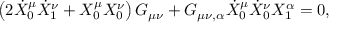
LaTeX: \left( 2 \dot { X } _ { 0 } ^ { \mu } \dot { X } _ { 1 } ^ { \nu } + X _ { 0 } ^ { \mu } X _ { 0 } ^ { \nu } \right) G _ { \mu \nu } + G _ { \mu \nu , \alpha } \dot { X } _ { 0 } ^ { \mu } \dot { X } _ { 0 } ^ { \nu } X _ { 1 } ^ { \alpha } = 0 ,